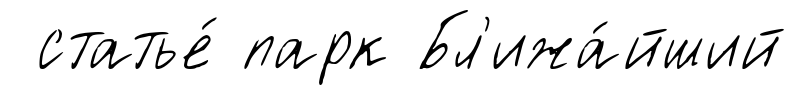
статье́ парк Бл'ижа́йший